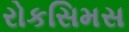
રોકસિમસ